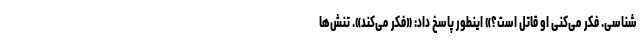
شناسی. فکر می‌کنی او قاتل است؟» اینطور پاسخ داد: «فکر می‌کند». تنش‌ها